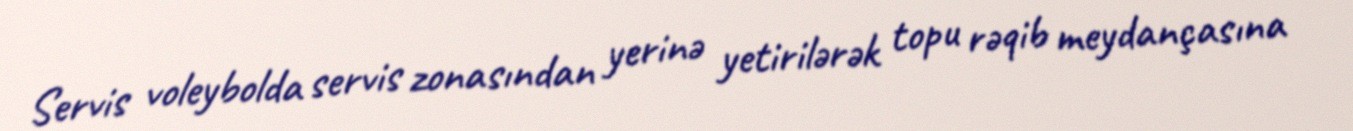
Servis voleybolda servis zonasından yerinə yetirilərək topu rəqib meydançasına